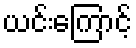
ယင်းကြောင့်